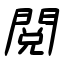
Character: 閲